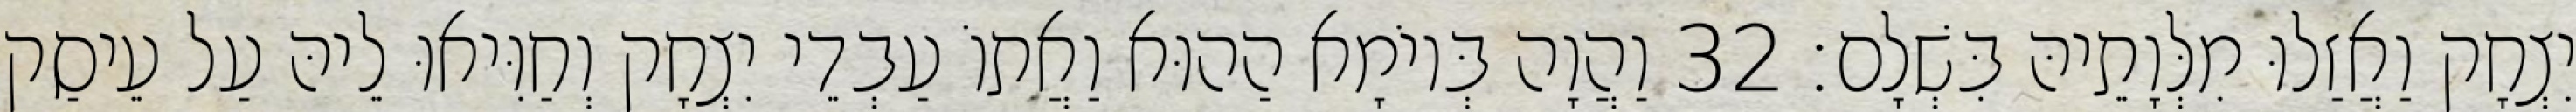
יִצְחָק וַאֲזַלוּ מִלְּוָתֵיהּ בִּשְׁלָם׃ 32 וַהֲוָה בְּיוֹמָא הַהוּא וַאֲתוֹ עַבְדֵי יִצְחָק וְחַוִּיאוּ לֵיהּ עַל עֵיסַק